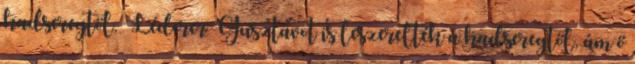
hadseregtől. Léderer Gusztávot is leszerelték a hadseregtől, ám ő